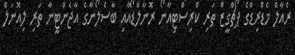
ރެއާލް މެޑްރިޑްގެ ޕޯޗްގީޒް ތަރި ކްރިސްޓިއާނޯ ރޮނާލްޑޯއާއި ބާސެލޯނާގެ އާޖެންޓީނާ ތަރި ލިއޮނަލް